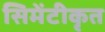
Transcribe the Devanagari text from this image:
सिमेंटीकृत